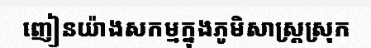
ញៀនយ៉ាងសកម្មក្នុងភូមិសាស្ត្រស្រុក